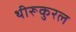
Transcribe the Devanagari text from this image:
थीरूकुरल